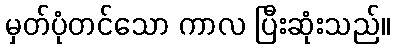
မှတ်ပုံတင်သော ကာလ ပြီးဆုံးသည်။